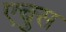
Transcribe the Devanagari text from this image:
एचुस